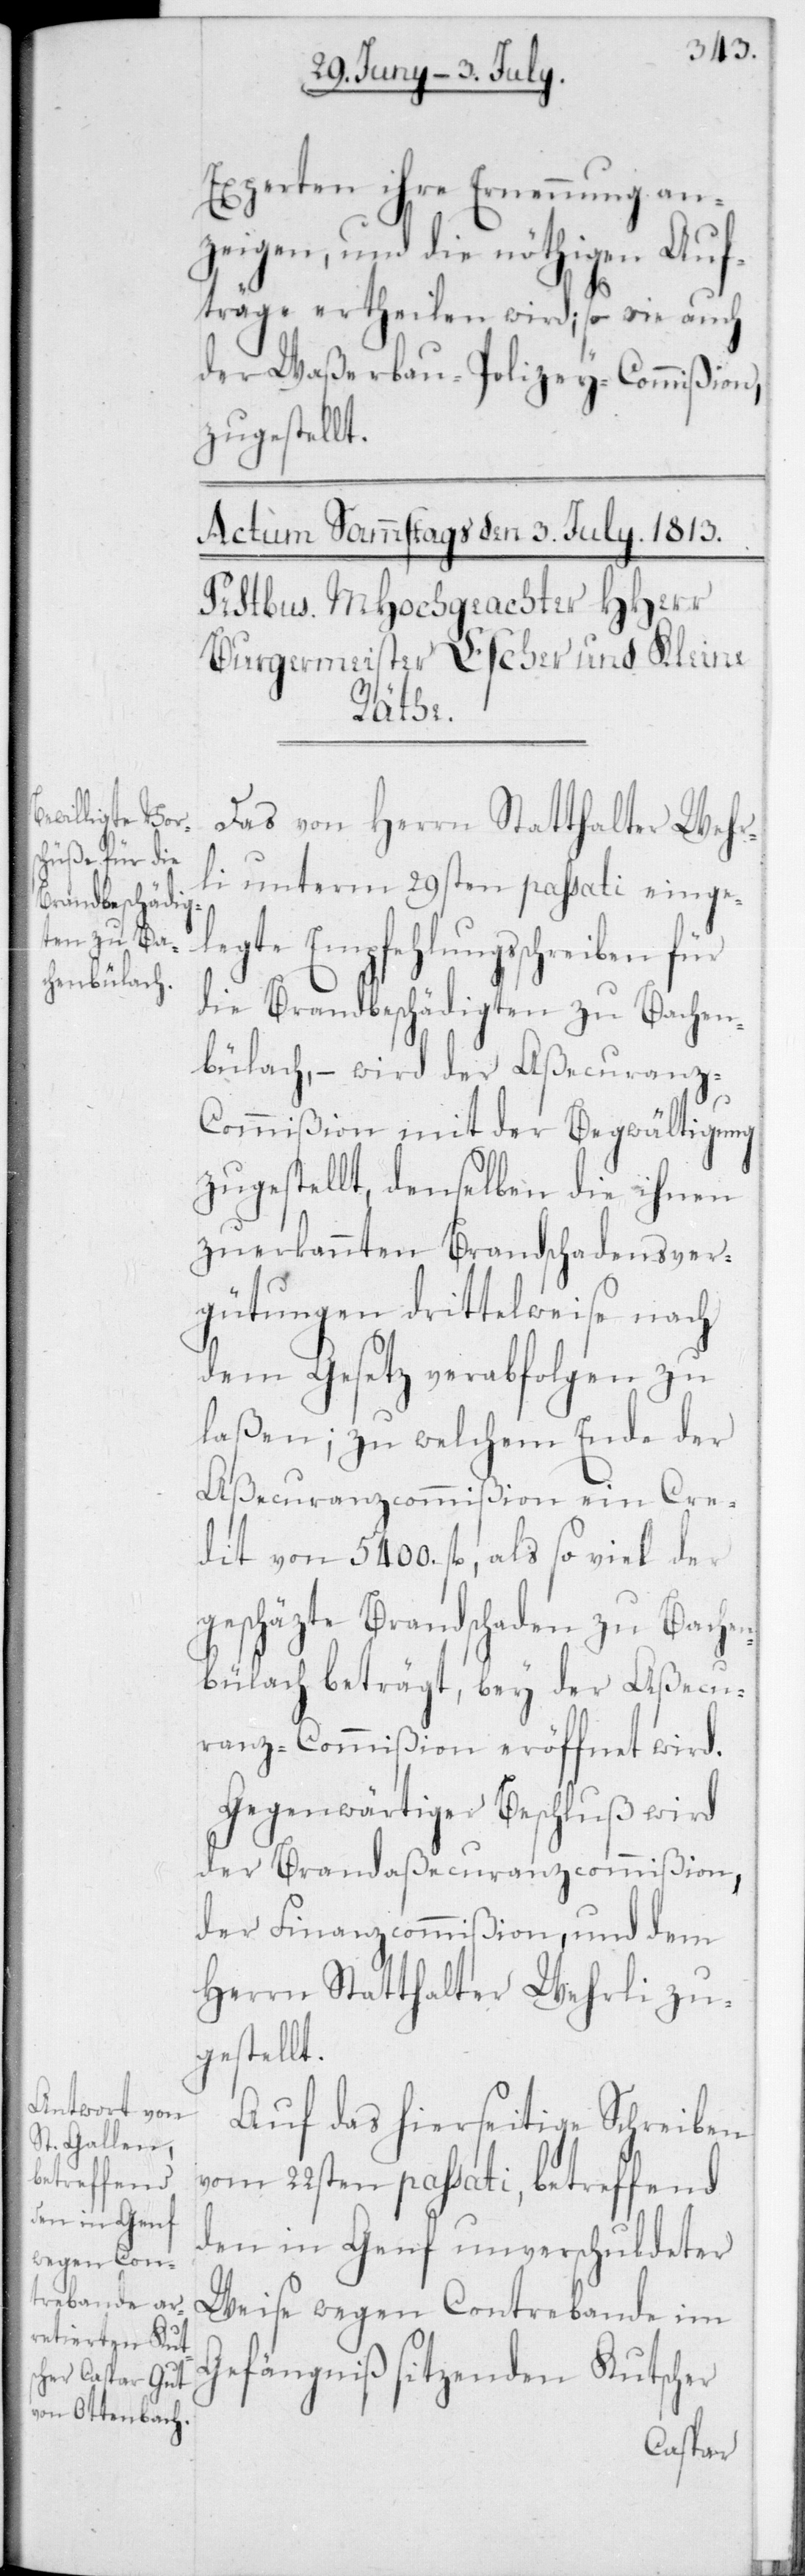
Experten ihre Ernennung an¬
zeigen, und die nöthigen Auf¬
träge ertheilen wird; sowie auch
der Waßerbau-Polizey-Commißion
zugestellt.
Das von Herrn Statthalter Wehr¬
li unterm 29sten passati eingel¬
egte Empfehlungsschreiben für
die Brandbeschädigten zu Bachen¬
bülach, – wird der Aßecuranz-C¬
ommißion mit der Begwältigung
zugstellt, denselben die ihnen
zuerkannten Brandschadensver¬
gütungen drittelweise nach
dem Gesetz verabfolgen zu
laßen; zu welchem Ende der
Aßecuranzcommißion ein Cre¬
dit von 5400 fl., als soviel der
geschäzte Brandschaden zu Bachen¬
bülach beträgt, bey der Aßecu¬
ranz-Commißion eröffnet wird.
Gegenwärtiger Beschluß wird
der Bradaßecuranzcommißion,
der Finanzcommißion, und dem
Herrn Statthalter Wehrli zu¬
gestellt.
Auf das hierseitige Schreiben
vom 22sten passati, betreffend
den in Genf unverschuldeter
Weise wegen Contrebande im
Gefängniß sitzenden Kutscher